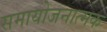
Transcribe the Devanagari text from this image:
समायोजनात्मक